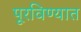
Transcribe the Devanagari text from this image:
पूरविण्यात